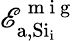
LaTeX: \mathscr{E}_{\mathrm{{a,Si_{\mathrm{{i}}}}}}^{\mathrm{{~m~i~g~}}}